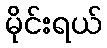
မိုင်းရယ်